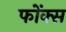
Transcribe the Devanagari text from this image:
फोंक्स